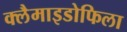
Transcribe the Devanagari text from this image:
क्लैमाइडोफिला